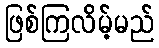
ဖြစ်ကြလိမ့်မည်